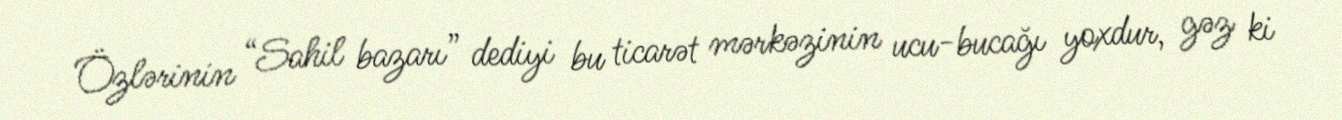
Özlərinin “Sahil bazarı” dediyi bu ticarət mərkəzinin ucu-bucağı yoxdur, gəz ki